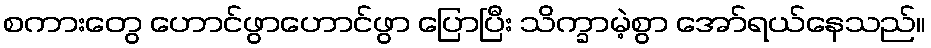
စကားတွေ ဟောင်ဖွာဟောင်ဖွာ ပြောပြီး သိက္ခာမဲ့စွာ အော်ရယ်နေသည်။